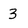
Character: 3